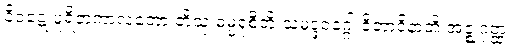
ဝိဝဋ္ဋေ ပူရိတကာလတော တိသု ဓမ္မရုစီတိ သမုဒ္ဒဝဂ္ဂေါ ဝိဘာဝိနာတိ အဇ္ဈဂုတ္ထ